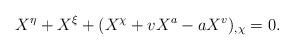
LaTeX: \begin{align*}X^\eta + X^\xi +(X^\chi +vX^a -aX^v)_{,\chi}=0.\end{align*}